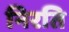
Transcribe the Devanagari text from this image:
निरति